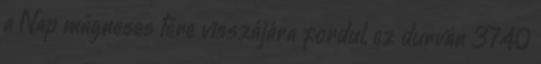
a Nap mágneses tere visszájára fordul, ez durván 3740